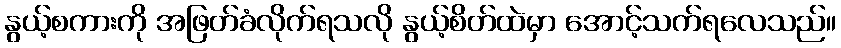
နွယ့်စကားကို အဖြတ်ခံလိုက်ရသလို နွယ့်စိတ်ထဲမှာ အောင့်သက်ရလေသည်။